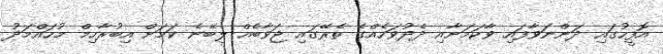
އޮފީހުގައި ދަންނަވާފައި ވާކަމަށާއި ދެދުވަހެއްގެ ތެރޭގައި ޖަވާބެއް ލިބޭނެ ކަމަށް އިބުރާހިމް މުހައްމަދު